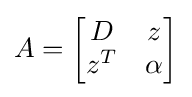
A={\begin{bmatrix}D&z\\z^{T}&\alpha \end{bmatrix}}